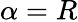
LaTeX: \alpha=R